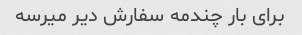
برای بار چندمه سفارش دیر میرسه